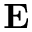
\mathbf { E }